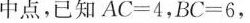
中点，已知$$A C = 4$$，$$B C = 6$$，